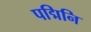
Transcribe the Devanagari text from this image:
पद्मिनि